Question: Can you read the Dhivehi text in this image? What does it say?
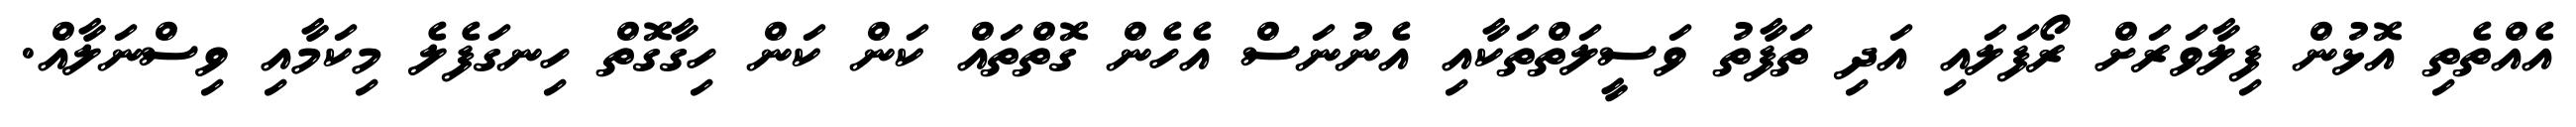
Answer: އެއްތެތި އޮޅުން ފިލާވަރަށް ރޯފަލައި އަދި ތަފާތު ވަސީލަތްތަކާއި އެނުނަސް އެހެން ގޮތްތައް ކަން ކަން ހިގާގޮތް ހިނގަފެލެ މިކަމާއި ވިސްނަލާއް.